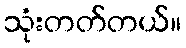
သုံးတတ်တယ်။